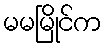
မမမြိုင်က